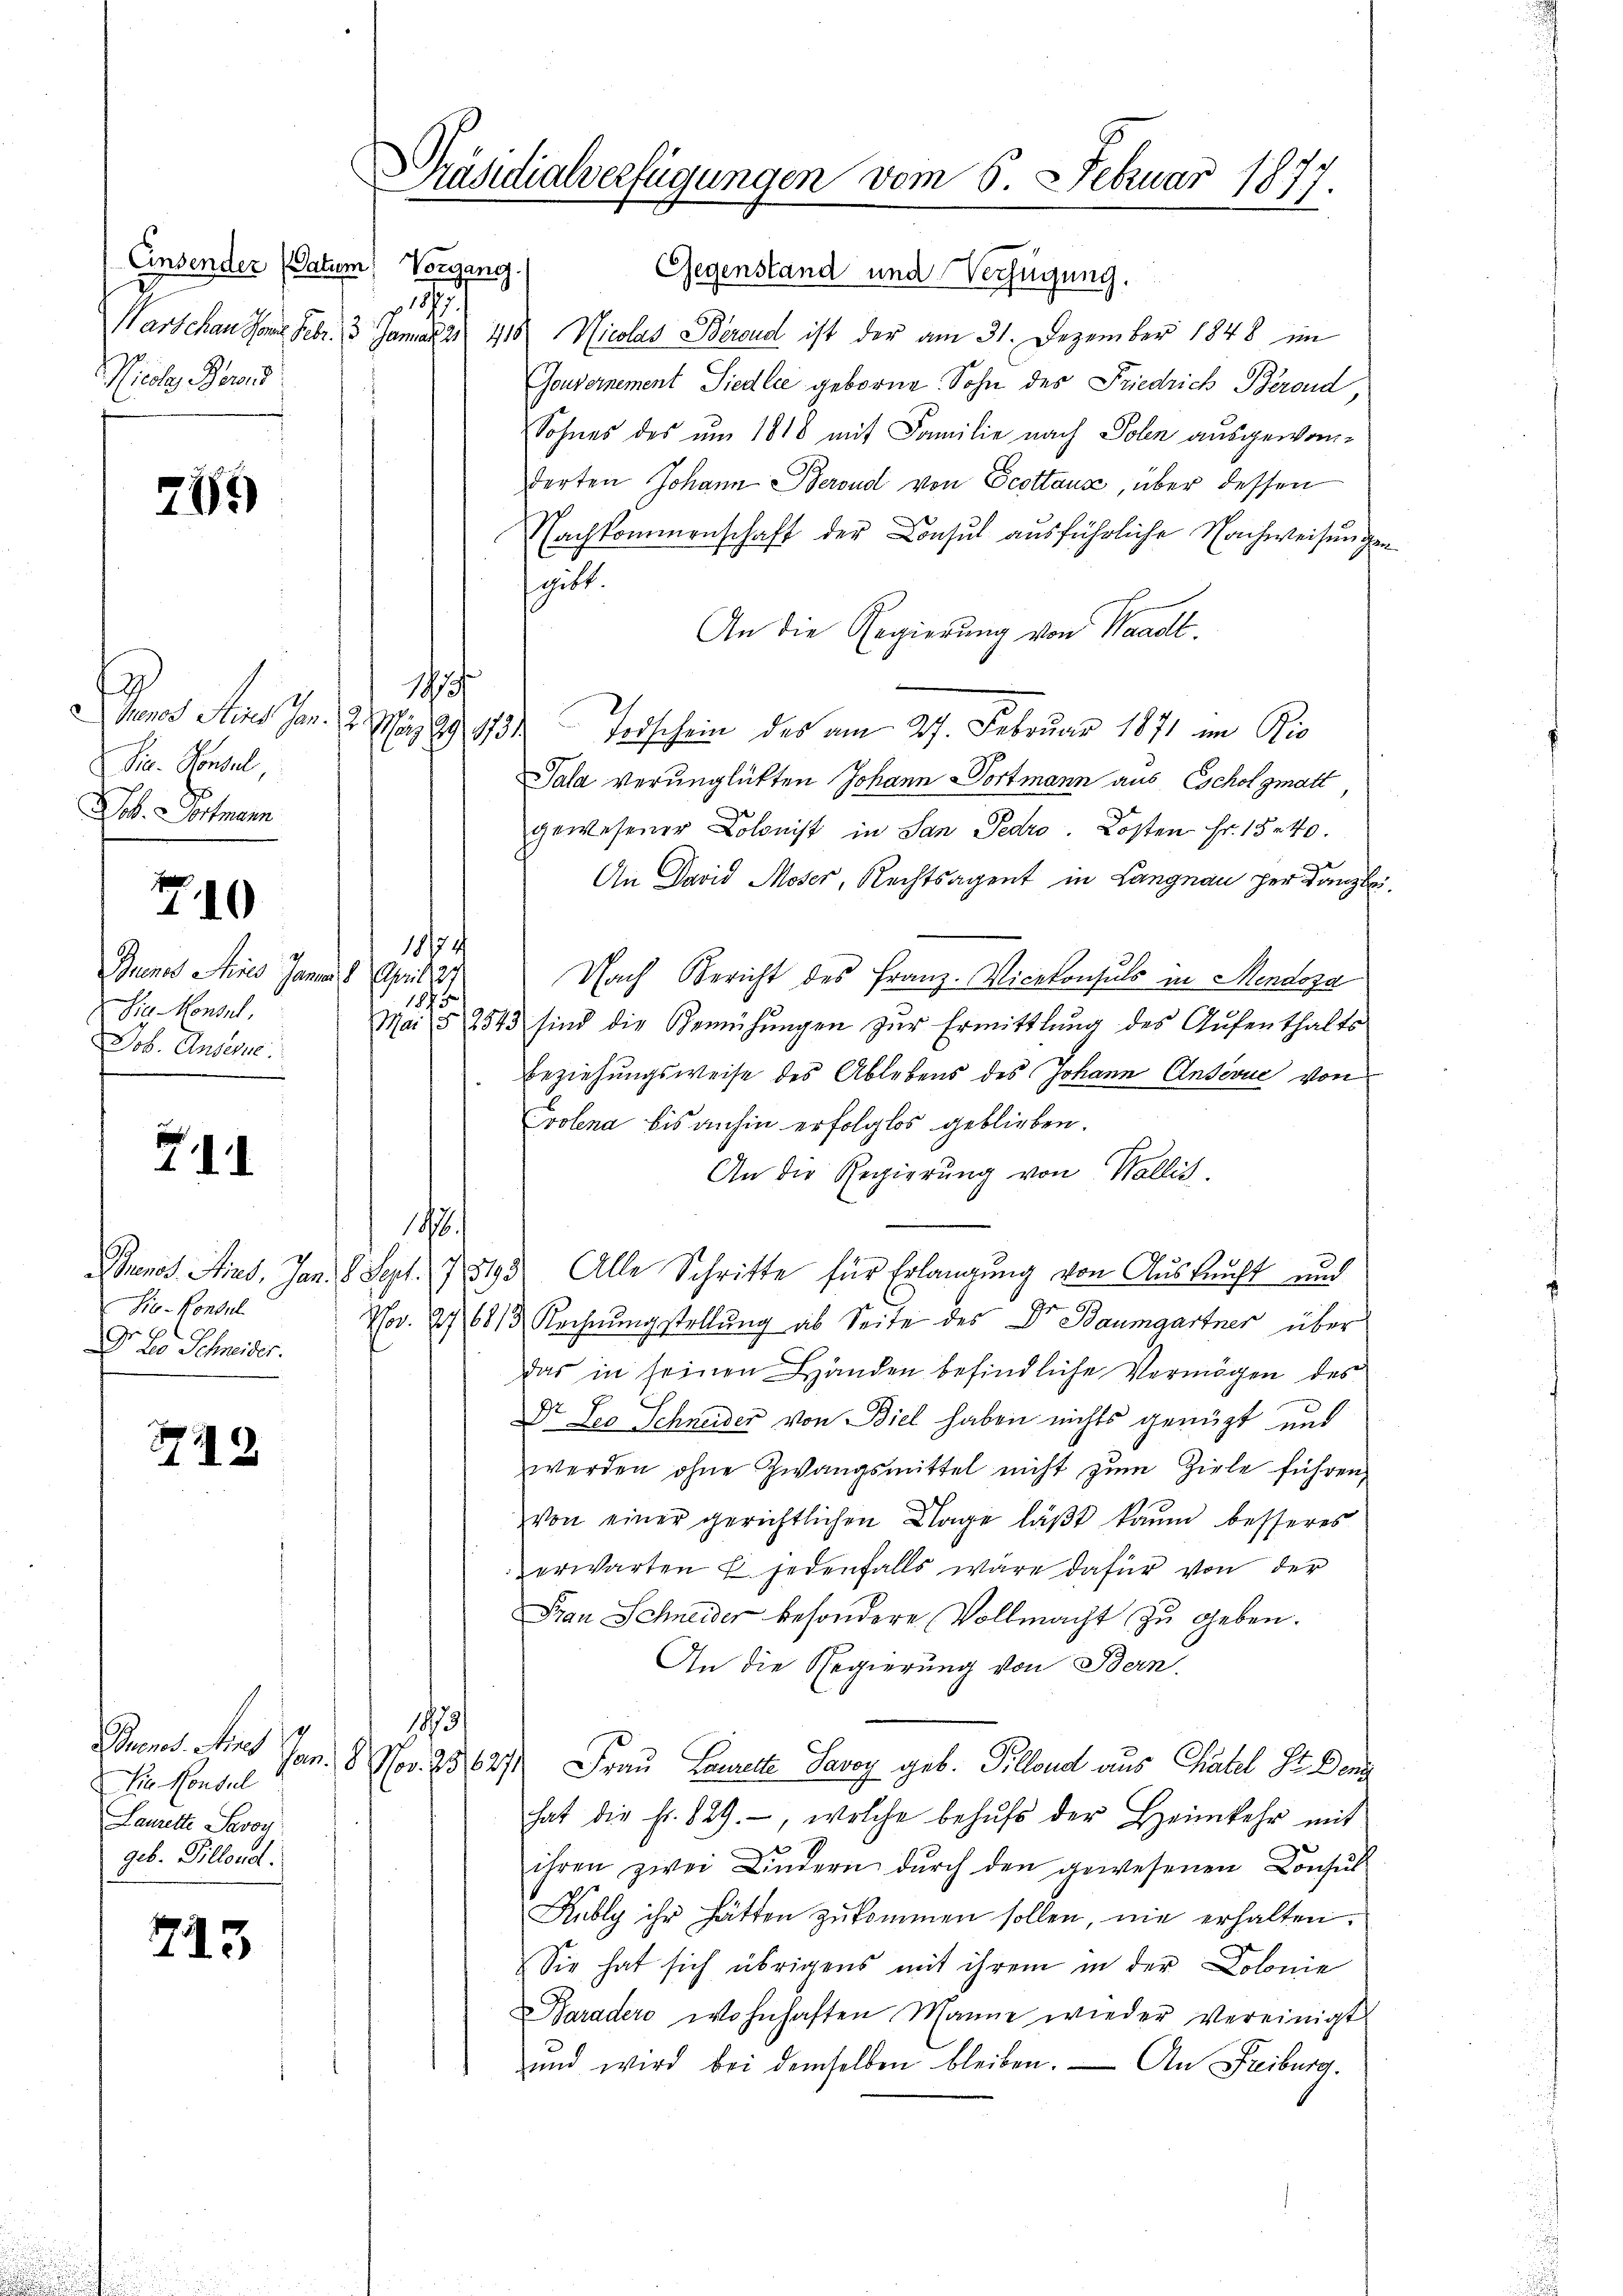
Einsender (Datum, Vorgang.
15
Nicola, Bornd

275)

9
Sie. Konsul
Job. Dortmann

710

Gruenes Mies Janua
Sie Konsul
Job. Ansehe

XII

Sie-Konsul
Dr Lo Schneider.

2

g
 Die Konsul
Laurette Savoy
geb. Pillend.

713

Präsidialverfügungen vom 5. Februar 1877.

Gegenstand und Verfügung.
Warschau Sonne. Febr. 13 Januar 21 418. Nicolas Berend ist der am 31. Dezember 1848 im
Gouvernement Siedlec geborne Sohn des Friedrich Berond,
Sohnes des um 1816 mit Familie nach Polen ausgewonderten Johann Berond von Ecottaus, über dessen
achkommenschaft der Consul ausführliche Nachweisungen
gibt.
An die Regierung von Waadt.
1857
Manes Steines Jan. 2. März 29. 373. Todschein des am 27. Februar 1871 im Ric
Sala verunglükten Johann Dortmann aus Escholgmatt
gewesener Kolonist in San Pedro. Kosten Fr. 1540.
An David Moser, Rechtsagent in Langnau per Kanzl
1874
11 (125
Nach Bericht des Franz. Vicekonsuls in Mendoza
1843
Mai 185, 2543
sind die Gemühungen zur Ermittlung des Aufenthalts
Beziehungsweise des Ablebens des Johann Ansevue von
Crolena bis anhin erfolglos geblieben.
An die Regierung von Wallis.
¬
Buenos Ains. Jan. 8. Sept. 1813. Alle Schritte für Erlangung von Auskunft und
Nr. 17
68/3. Rechnungsstellung ab Seite des Dr Baumgartner über
das in seinen Händen befindliche Vermögen des
Dr. Leo Schneider von Biel haben nichts genügt und
werden ohne Zwangsmittel nicht zum Ziele führen,
von einer gerichtlichen Klage läβt kaum besseres
erwarten E. jedenfalls wäre dafür von der
Frau Schneider besondere Vollmacht zu geben.
An die Regierung von Bern.
113
Pnenes Amt Jan. 8. Nov. 25627 Frau Lorette Savoy geb. Pillend aus Chall Sr. Deng
hat die Fr. 829., welche behŭfs der Heimkehr mit
ihren zwei Lindern dŭrch den gewesenen Consŭl-
2
Rubly ihr hätten zukommen sollen, nie erhalten.
Sie hat sich übrigens mit ihrem in der Colonie
Paradero wohnhaften Manne wieder vereinigt
und wird bei demselben bleiben. — An Freiburg.